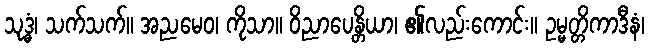
သုဒ္ဓံ၊ သက်သက်။ အညမေဝ၊ ကိုသာ။ ဝိညာပေန္တိယာ၊ ၏လည်းကောင်း။ ဥမ္မတ္တိကာဒီနံ၊